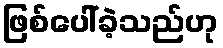
ဖြစ်ပေါ်ခဲ့သည်ဟု